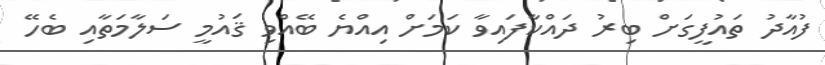
ފުއާދު ތައުފީގަށް ބިރު ދައްކާފައިވާ ކަމަށް އިއްޔެ ބޭއްވި ޤައުމީ ސަލާމަތާއި ބެހޭ